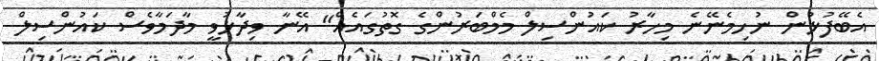
އެބޭފުޅުން ނުހިމެނޭނެ މިހާރު ކައުންސިލް މެމްބަރުންގެ ގޮތުގައެއް" އޭނާ ވިދާޅުވީ މާދަމާވެސް ކައުންސިލް